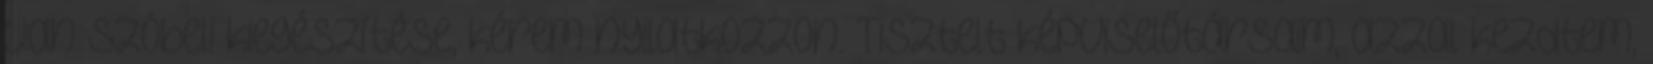
van szóbeli kiegészítése, kérem nyilatkozzon. Tisztelt képviselőtársaim, azzal kezdtem,